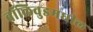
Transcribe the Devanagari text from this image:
बॉलिवुडमधील